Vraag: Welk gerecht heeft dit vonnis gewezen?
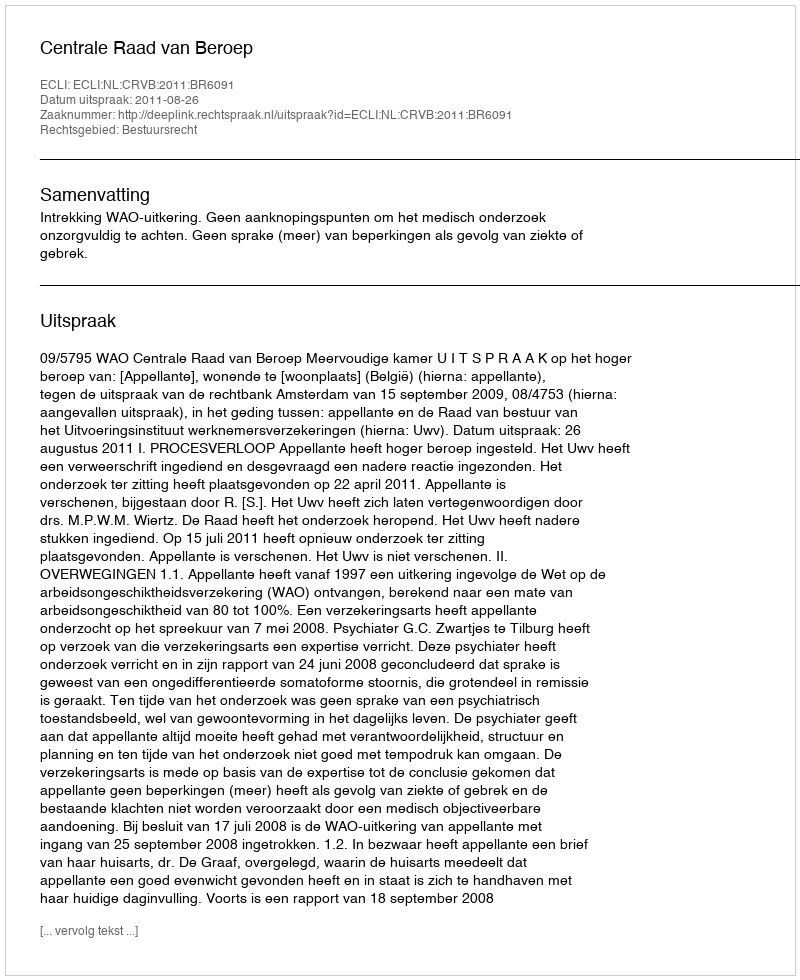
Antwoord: Centrale Raad van Beroep